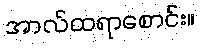
အာလ်ထရာစောင်း။